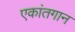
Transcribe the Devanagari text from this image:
एकांतगान